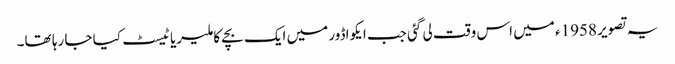
یہ تصویر 1958ء میں اس وقت لی گئی جب ایکواڈور میں ایک بچے کا ملیریا ٹیسٹ کیا جا رہا تھا۔